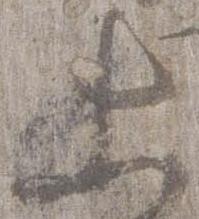
等